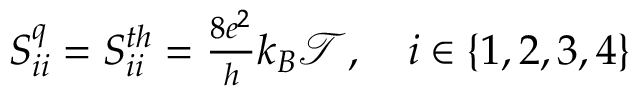
\begin{array} { r } { S _ { i i } ^ { q } = { S _ { i i } ^ { t h } } = \frac { 8 e ^ { 2 } } { h } k _ { B } \mathcal { T } , \quad i \in \{ 1 , 2 , 3 , 4 \} } \end{array}